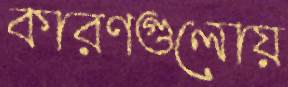
কারণগুলোয়